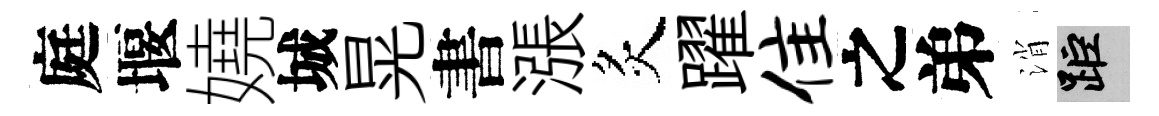
庭堰嬈城晃書漲炙躍隹之弟消距